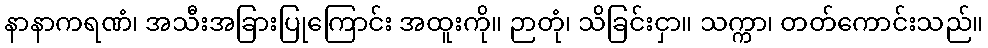
နာနာကရဏံ၊ အသီးအခြားပြုကြောင်း အထူးကို။ ဉာတုံ၊ သိခြင်းငှာ။ သက္ကာ၊ တတ်ကောင်းသည်။